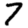
Digit: 7